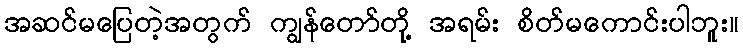
အဆင်မပြေတဲ့အတွက် ကျွန်တော်တို့ အရမ်း စိတ်မကောင်းပါဘူး။